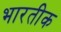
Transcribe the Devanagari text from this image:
भारतीक